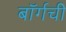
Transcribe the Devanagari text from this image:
बॉर्गची